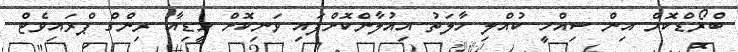
ބްރޯޑްކޮމް އިން ސިއްހީ ކުއްލި ހާލަތު އިއުލާންކޮށްފައި ވަނިކޮށް މީޑިއާ ރިންގް ޕްރައިވެޓް